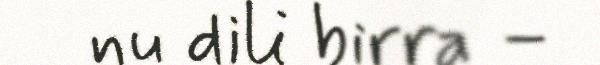
nu dili birra –